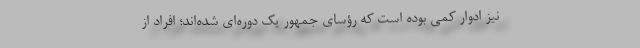
نیز ادوار کمی بوده است که رؤسای جمهور یک دوره‌ای شده‌اند؛ افراد از